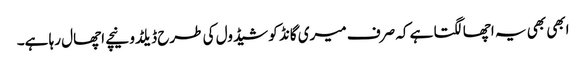
ابھی بھی یہ اچھا لگتا ہے کہ صرف میری گانڈ کو شیڈول کی طرح ڈیلڈو نیچے اچھال رہا ہے۔